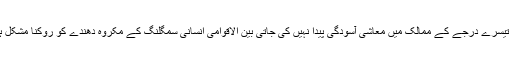
جب تک تھرڈ ورلڈ کنٹریز یعنی تیسرے درجے کے ممالک میں معاشی آسودگی پیدا نہیں کی جاتی بین الاقوامی انسانی سمگلنگ کے مکروہ دھندے کو روکنا مشکل ہی نہیں ناممکن دکھائی دیتا ہے ۔